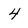
Character: 4